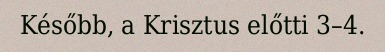
Később, a Krisztus előtti 3–4.